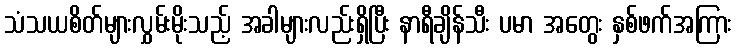
သံသယစိတ်များလွှမ်းမိုးသည့် အခါများလည်းရှိပြီး နာရီချိန်သီး ပမာ အတွေး နှစ်ဖက်အကြား